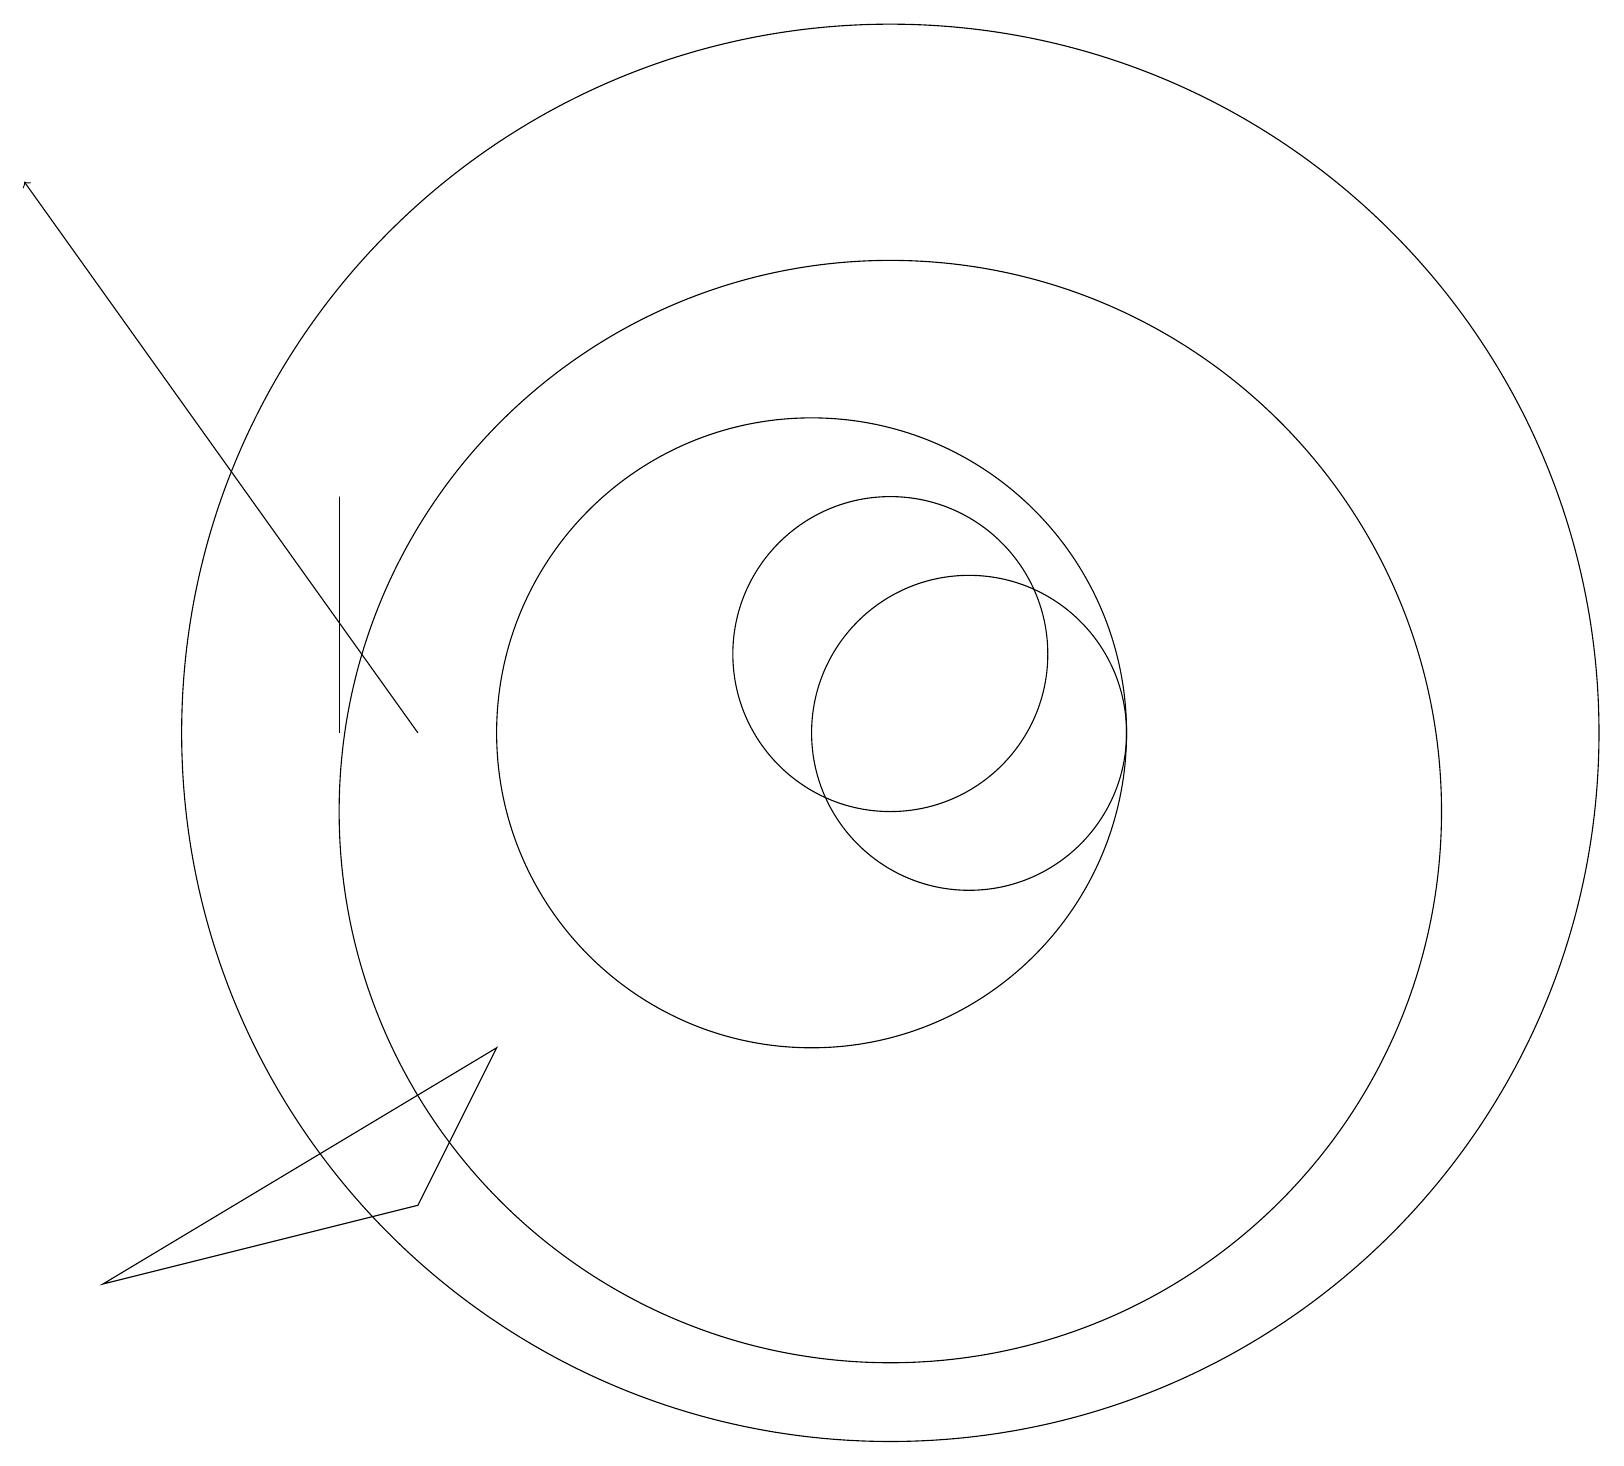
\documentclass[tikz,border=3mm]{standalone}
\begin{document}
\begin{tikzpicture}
\draw[->] (5,11) -- (0,18);
\draw (10,11) circle (4);
\draw (12,11) circle (2);
\draw (4,11) rectangle (4,14);
\draw (11,12) circle (2);
\draw (11,11) circle (9);
\draw (11,10) circle (7);
\draw (6,7) -- (1,4) -- (5,5) -- cycle;
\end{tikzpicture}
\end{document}